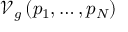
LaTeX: \mathcal { V } _ { g } \left( p _ { 1 } , \ldots , p _ { N } \right)